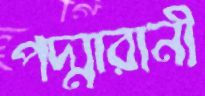
পদ্মারানী